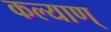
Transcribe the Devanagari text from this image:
कल्याण्